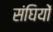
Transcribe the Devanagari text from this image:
संघियों